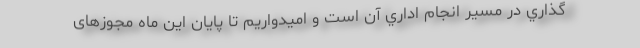
گذاري در مسير انجام اداري آن است و اميدواريم تا پایان اين ماه مجوزهای